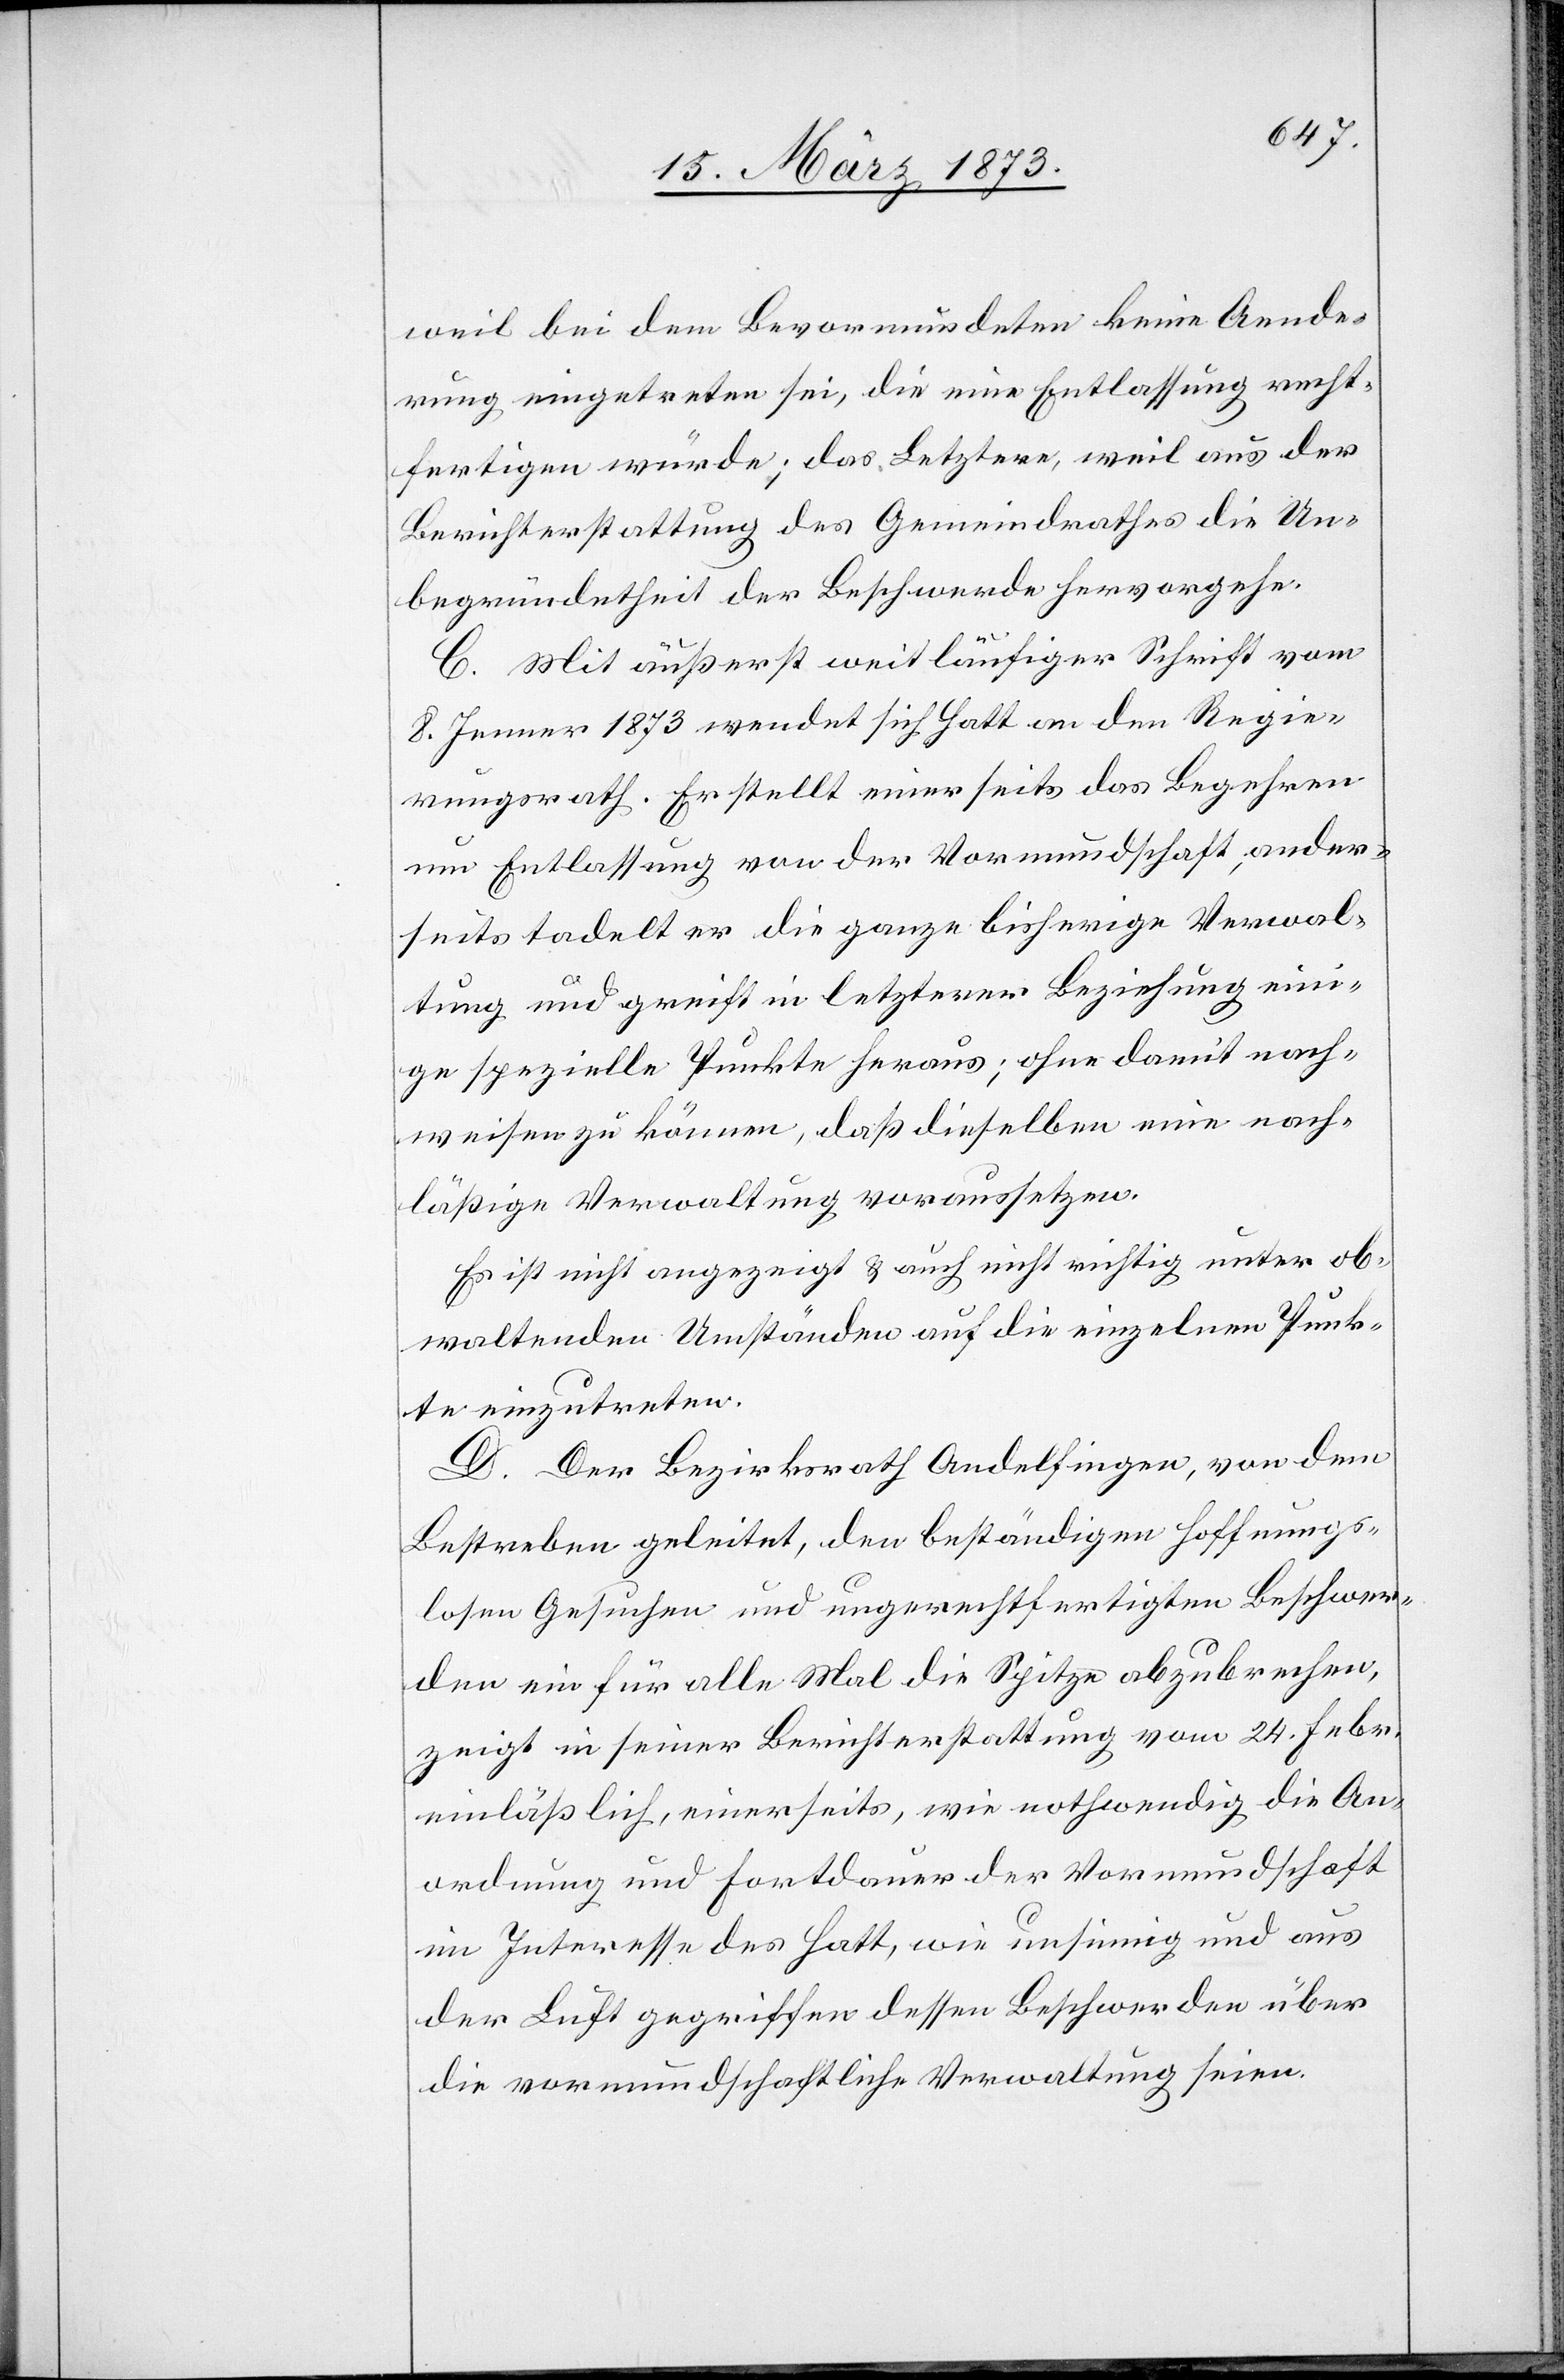
weil bei dem Bevormundeten keine Aende¬
rung eingetreten sei, die eine Entlassung recht¬
fertigen würde; das Letztere, weil aus der
Berichterstattung des Gemeindrathes die Un¬
begründetheit der Beschwerde hervorgehe.
C. Mit äußerst weitläufiger Schrift vom
8. Jenner 1873 wendet sich Hatt an den Regie¬
rungsrath. Er stellt einerseits das Begehren
um Entlassung von der Vormundschaft; ander¬
seits tadelt er die ganze bisherige Verwal¬
tung und greift in letzterer Beziehung eini¬
ge spezielle Punkte heraus; ohne damit nach¬
weisen zu können, daß dieselben eine nach¬
läßige Verwaltung voraussetzen.
Es ist nicht angezeigt u. auch nicht richtig unter ob¬
waltenden Umständen auf die einzelnen Punk¬
te einzutreten.
D. Der Bezirksrath Andelfingen, von dem
Bestreben geleitet, den beständigen hoffnungs¬
losen Gesuchen und ungerechtfertigten Beschwer¬
den ein für alle Mal die Spitze abzubrechen,
zeigt in seiner Berichterstattung vom 24. Febr.
einläßlich, einerseits, wie nothwendig die An¬
ordnung und Fortdauer der Vormundschaft
im Interesse des Hatt, wie unsinnig und aus
der Luft gegriffen dessen Beschwerden über
die vormundschaftliche Verwaltung seien.